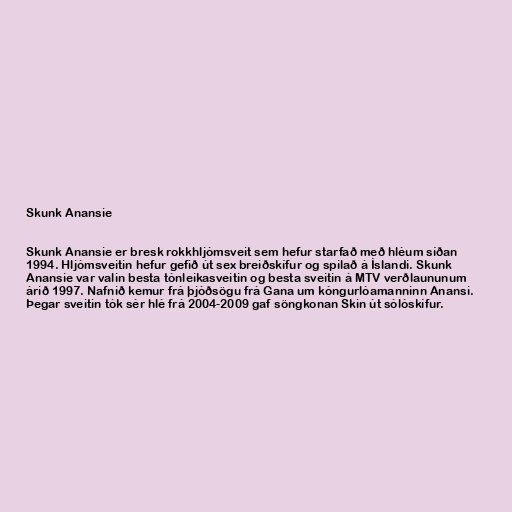
Skunk Anansie

Skunk Anansie er bresk rokkhljómsveit sem hefur starfað með hléum síðan
1994. Hljómsveitin hefur gefið út sex breiðskífur og spilað á Íslandi. Skunk
Anansie var valin besta tónleikasveitin og besta sveitin á MTV verðlaununum
árið 1997. Nafnið kemur frá þjóðsögu frá Gana um kóngurlóamanninn Anansi.
Þegar sveitin tók sér hlé frá 2004-2009 gaf söngkonan Skin út sólóskífur.